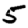
Digit: 5